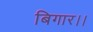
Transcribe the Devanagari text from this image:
बिगार।।